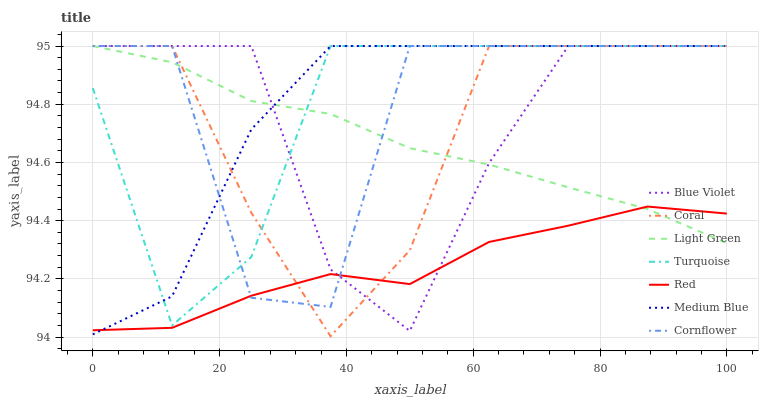
| xaxis_label | Blue Violet | Coral | Light Green | Turquoise | Red | Medium Blue | Cornflower |
 | --- | --- | --- | --- | --- | --- | --- | --- |
 | 0 | 95 | 95 | 95 | 94.9 | 94 | 94 | 95 |
 | 12.5 | 95 | 95 | 94.9 | 94 | 94 | 94.1 | 95 |
 | 25 | 95 | 94.4 | 94.8 | 94.3 | 94.1 | 94.7 | 94.1 |
 | 37.5 | 94.2 | 94 | 94.8 | 95 | 94.2 | 95 | 94.1 |
 | 50 | 94 | 94.3 | 94.6 | 95 | 94.2 | 95 | 95 |
 | 62.5 | 94.6 | 95 | 94.6 | 95 | 94.3 | 95 | 95 |
 | 75 | 95 | 95 | 94.5 | 95 | 94.4 | 95 | 95 |
 | 87.5 | 95 | 95 | 94.4 | 95 | 94.4 | 95 | 95 |
 | 100 | 95 | 95 | 94.3 | 95 | 94.4 | 95 | 95 |